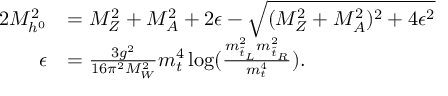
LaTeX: \begin{array} { r l } { { 2 M _ { h ^ { 0 } } ^ { 2 } } } & { { = M _ { Z } ^ { 2 } + M _ { A } ^ { 2 } + 2 \epsilon - \sqrt { ( M _ { Z } ^ { 2 } + M _ { A } ^ { 2 } ) ^ { 2 } + 4 \epsilon ^ { 2 } } } } \\ { { \epsilon } } & { { = \frac { 3 g ^ { 2 } } { 1 6 \pi ^ { 2 } M _ { W } ^ { 2 } } m _ { t } ^ { 4 } \log ( \frac { m _ { \tilde { t } _ { L } } ^ { 2 } m _ { \tilde { t } _ { R } } ^ { 2 } } { m _ { t } ^ { 4 } } ) . } } \end{array}